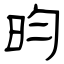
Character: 昀